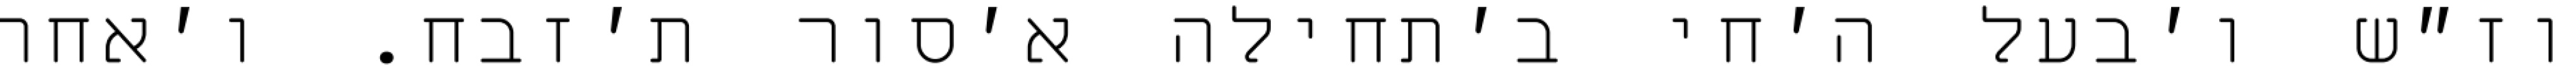
וז״ש ו׳בעל ה׳חי ב׳תחילה א׳סור ת׳זבח. ו׳אחר